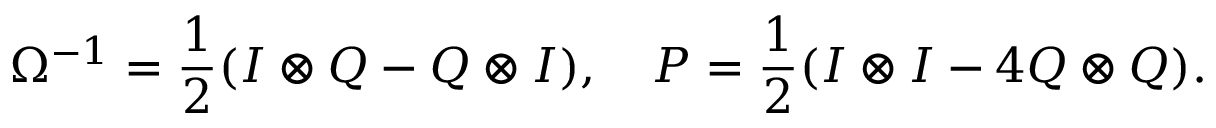
\Omega ^ { - 1 } = \frac { 1 } { 2 } ( I \otimes Q - Q \otimes I ) , ~ ~ ~ P = \frac { 1 } { 2 } ( I \otimes I - 4 Q \otimes Q ) .